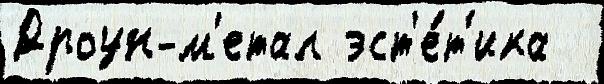
Дроун-м'етал эст'е́т'ика